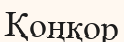
Қоңқор